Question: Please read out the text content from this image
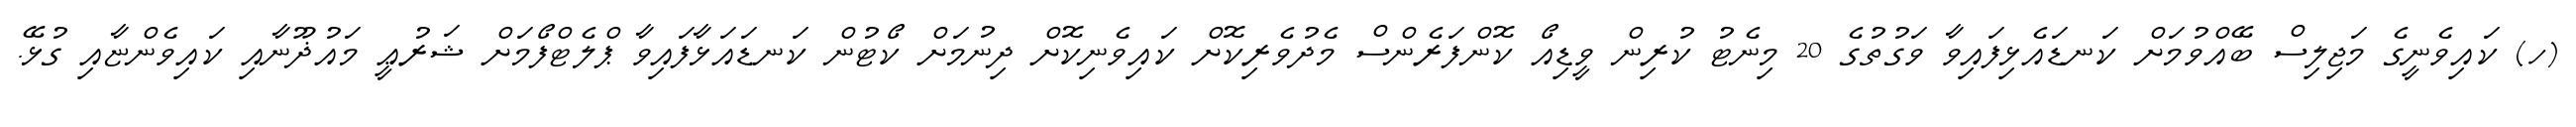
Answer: (ހ) ކައިވެނީގެ މަޖިލިސް ބޭއްވުމަށް ކަނޑައެޅިފައިވާ ވަގުތުގެ 20 މިނެޓު ކުރިން ވީޑިއޯ ކޮންފަރެންސް މެދުވެރިކޮށް ކައިވެނިކޮށް ދިނުމަށް ކޯޓުން ކަނޑައަޅާފައިވާ ޕްލެޓްފޯމަށް ޝަރުޢީ މައުޛޫނާއި ކައިވެންޏާއި ގުޅޭ.